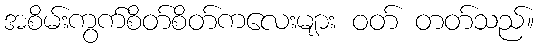
အစိမ်းကွက်စိတ်စိတ်ကလေးများ ဝတ် တတ်သည်။